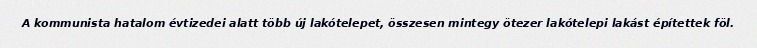
A kommunista hatalom évtizedei alatt több új lakótelepet, összesen mintegy ötezer lakótelepi lakást építettek föl.